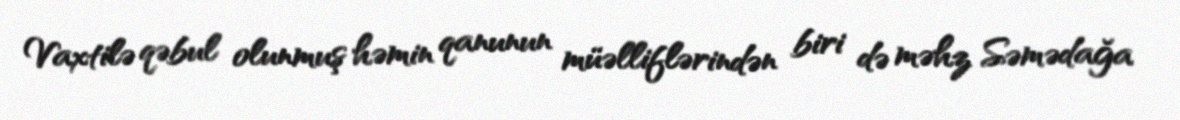
Vaxtilə qəbul olunmuş həmin qanunun müəlliflərindən biri də məhz Səmədağa